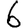
Digit: 6